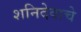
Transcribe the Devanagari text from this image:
शनिदेवाचे